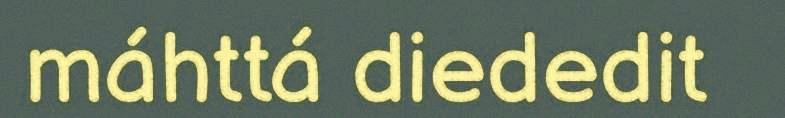
máhttá diededit